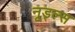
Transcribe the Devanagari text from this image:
नूड्ल्स